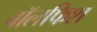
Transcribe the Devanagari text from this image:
वॉलफिश